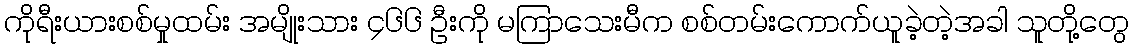
ကိုရီးယားစစ်မှုထမ်း အမျိုးသား ၄၆၆ ဦးကို မကြာသေးမီက စစ်တမ်းကောက်ယူခဲ့တဲ့အခါ သူတို့တွေ